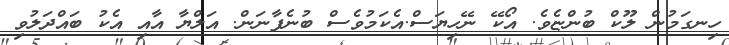
ހިނގަމުން ލޫކް ބުންޏެވެ. އޯކޭ ނޭހިޔަސް.އެކަމުވެސް ބުނެފާނަން. އަލްޔާ އާއި އެކު ބައްދަލުވި